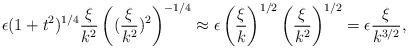
LaTeX: \begin{align*} \epsilon (1+t^2)^{1/4} \frac{\xi}{k^2} \left((\frac{\xi}{k^2})^2\right)^{-1/4} \approx \epsilon \left(\frac{\xi}{k}\right)^{1/2} \left(\frac{\xi}{k^2}\right)^{1/2} = \epsilon \frac{\xi}{k^{3/2}}, \end{align*}